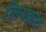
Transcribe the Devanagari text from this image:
लियक़त